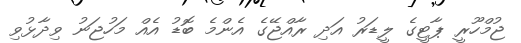
ޖުމްހޫރީ ޕާޓީގެ ލީޑަރު އަދި ރާއްޖޭގެ އެންމެ ބޮޑު އެއް މަހުޖަނު ވިދާޅުވި